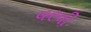
વરવી